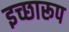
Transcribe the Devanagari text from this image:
इच्छारूप